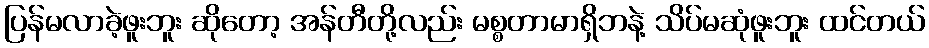
ပြန်မလာခဲ့ဖူးဘူး ဆိုတော့ အန်တီတို့လည်း မစ္စတာမာရှိဘနဲ့ သိပ်မဆုံဖူးဘူး ထင်တယ်